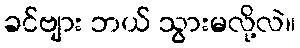
ခင်ဗျား ဘယ် သွားမလို့လဲ။